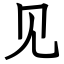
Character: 见